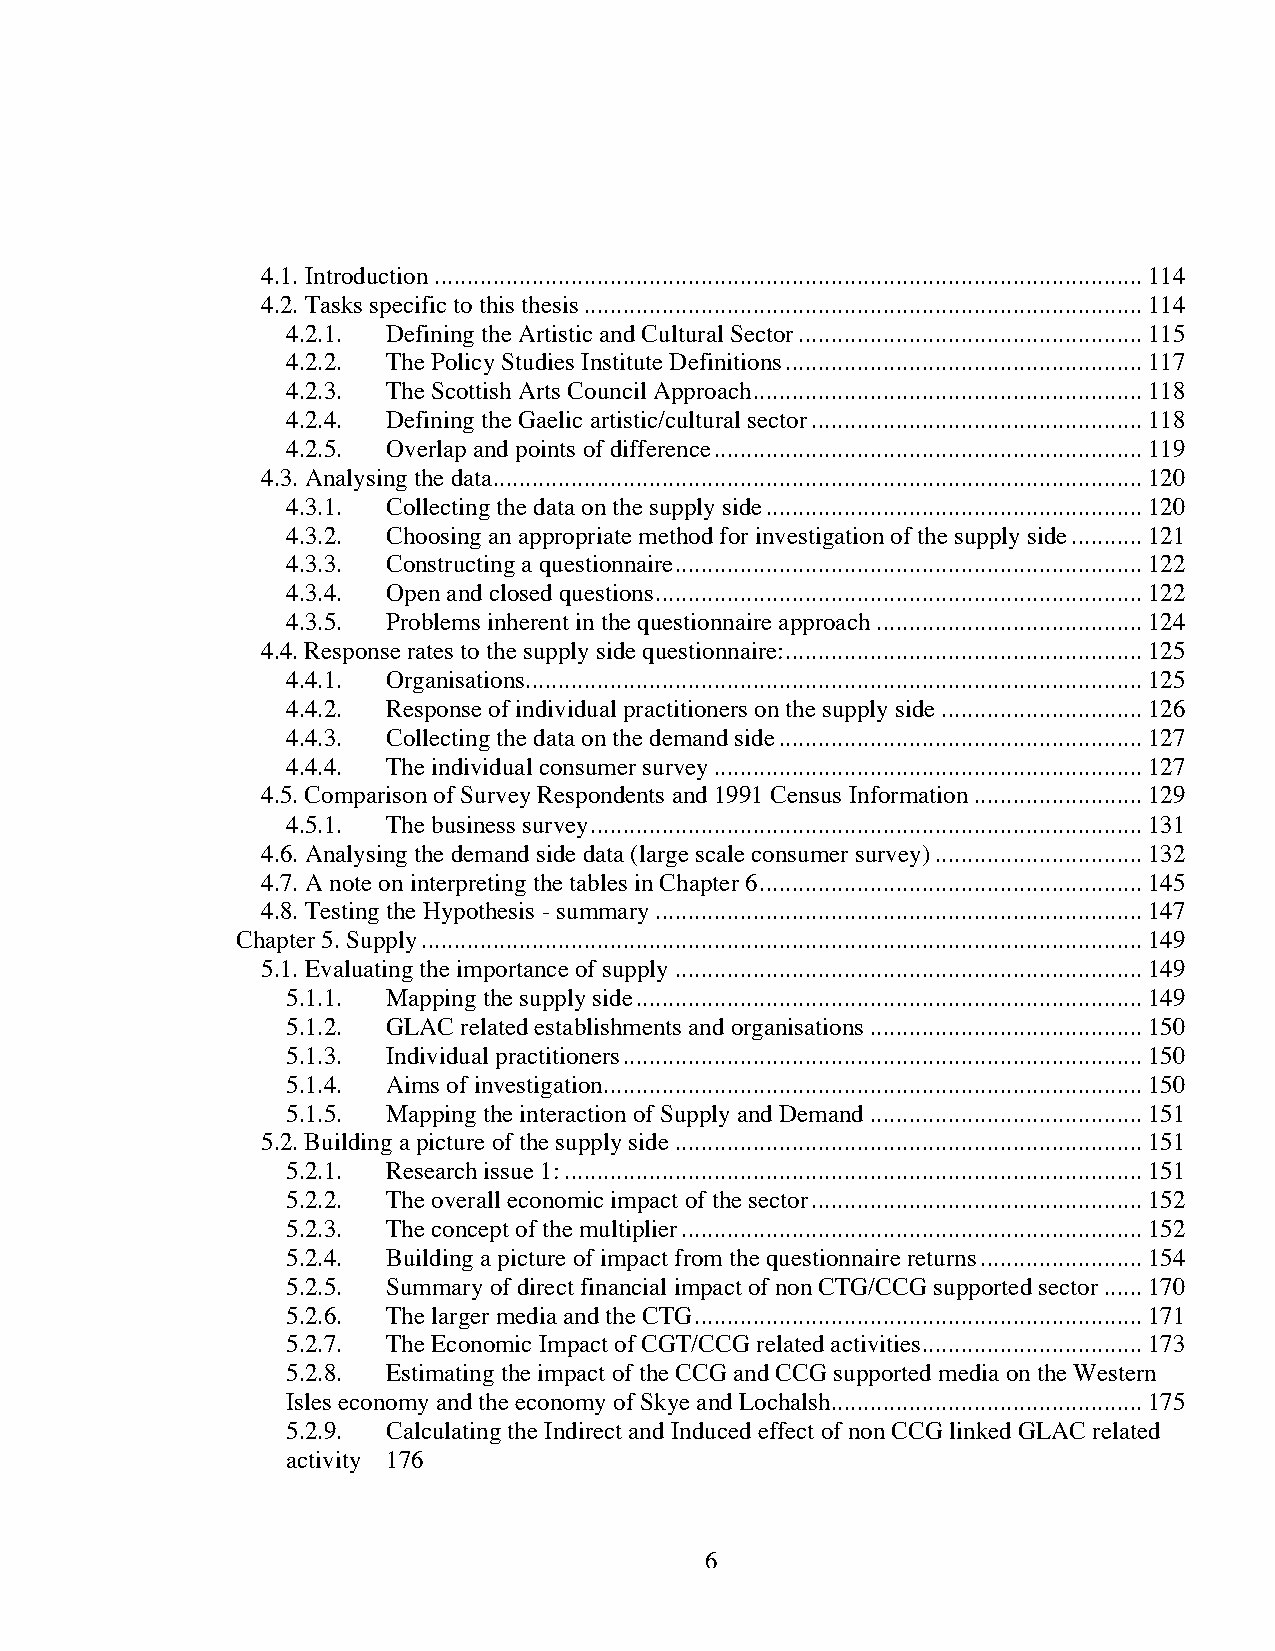
4.1. Introduction.............................................................................................................114
 4.2. Tasks specific to this thesis......................................................................................114
 4.2.1. Defining the Artistic and Cultural Sector.....................................................115
 4.2.2. The Policy Studies Institute Definitions.......................................................117
 4.2.3. The Scottish Arts Council Approach............................................................118
 4.2.4. Defining the Gaelic artistic/cultural sector...................................................118
 4.2.5. Overlap and points of difference..................................................................119
 4.3. Analysing the data....................................................................................................120
 4.3.1. Collecting the data on the supply side..........................................................120
 4.3.2. Choosing an appropriate method for investigation of the supply side...........121
 4.3.3. Constructing a questionnaire........................................................................122
 4.3.4. Open and closed questions...........................................................................122
 4.3.5. Problems inherent in the questionnaire approach.........................................124
 4.4. Response rates to the supply side questionnaire:.......................................................125
 4.4.1. Organisations...............................................................................................125
 4.4.2. Response of individual practitioners on the supply side...............................126
 4.4.3. Collecting the data on the demand side........................................................127
 4.4.4. The individual consumer survey..................................................................127
 4.5. Comparison of Survey Respondents and 1991 Census Information..........................129
 4.5.1. The business survey.....................................................................................131
 4.6. Analysing the demand side data (large scale consumer survey)................................132
 4.7. A note on interpreting the tables in Chapter 6...........................................................145
 4.8. Testing the Hypothesis - summary...........................................................................147
 Chapter 5. Supply...............................................................................................................149
 5.1. Evaluating the importance of supply........................................................................149
 5.1.1. Mapping the supply side..............................................................................149
 5.1.2. GLAC related establishments and organisations..........................................150
 5.1.3. Individual practitioners................................................................................150
 5.1.4. Aims of investigation...................................................................................150
 5.1.5. Mapping the interaction of Supply and Demand..........................................151
 5.2. Building a picture of the supply side........................................................................151
 5.2.1. Research issue 1:.........................................................................................151
 5.2.2. The overall economic impact of the sector...................................................152
 5.2.3. The concept of the multiplier.......................................................................152
 5.2.4. Building a picture of impact from the questionnaire returns.........................154
 5.2.5. Summary of direct financial impact of non CTG/CCG supported sector......170
 5.2.6. The larger media and the CTG.....................................................................171
 5.2.7. The Economic Impact of CGT/CCG related activities..................................173
 5.2.8. Estimating the impact of the CCG and CCG supported media on the Western
 Isles economy and the economy of Skye and Lochalsh................................................175
 5.2.9. Calculating the Indirect and Induced effect of non CCG linked GLAC related
 activity 176
 6